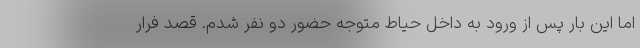
اما این بار پس از ورود به داخل حیاط متوجه حضور دو نفر شدم. قصد فرار